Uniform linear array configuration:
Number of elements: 8
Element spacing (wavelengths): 0.75
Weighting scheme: blackman
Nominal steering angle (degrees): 0
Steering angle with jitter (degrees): -0.47
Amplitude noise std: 0.05
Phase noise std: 0.05

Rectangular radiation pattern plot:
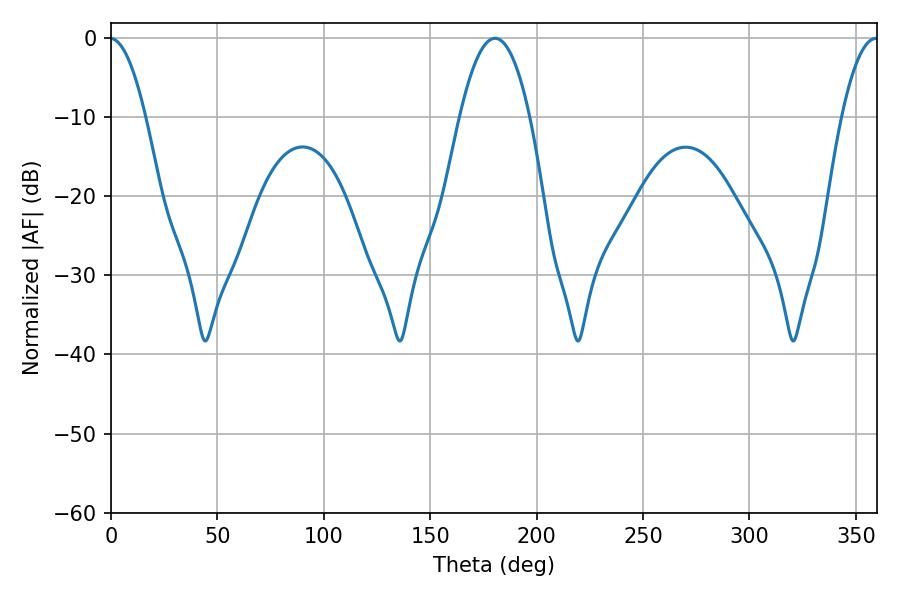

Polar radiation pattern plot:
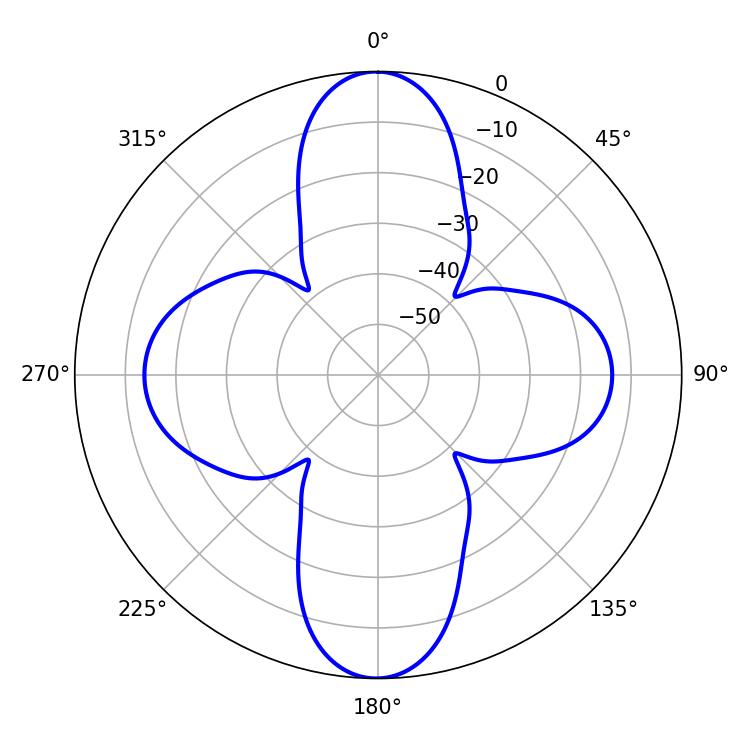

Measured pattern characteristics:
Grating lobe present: TRUE
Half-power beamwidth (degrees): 18.18
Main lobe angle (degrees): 180.54